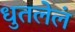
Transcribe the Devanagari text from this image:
धुतलेलं